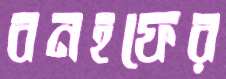
বনহফের